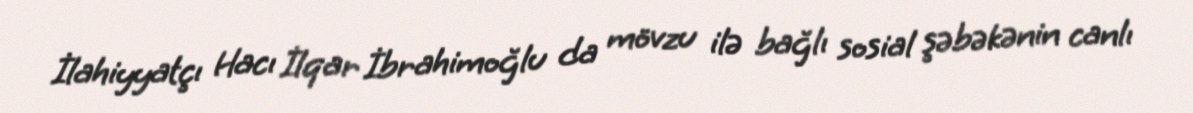
İlahiyyatçı Hacı İlqar İbrahimoğlu da mövzu ilə bağlı sosial şəbəkənin canlı